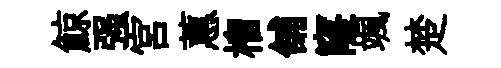
鯨强宫蕙榴舖窿颯楚